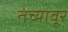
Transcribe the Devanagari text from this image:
तंच्यावूर